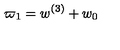
\varpi _ { 1 } = w ^ { ( 3 ) } + w _ { 0 }